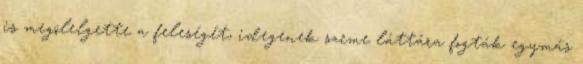
is megölelgette a feleségét, idegenek szeme láttára fogták egymás